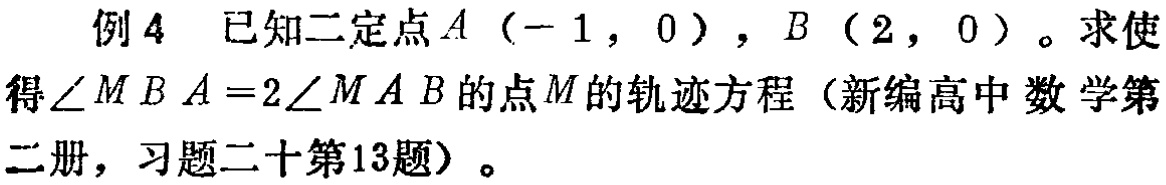
例 4 已知二定点\(A(-1,0)\)，\(B(2,0)\)。求使得\(\angle MBA = 2\angle MAB\)的点\(M\)的轨迹方程（新编高中数学第二册，习题二十第13题）。